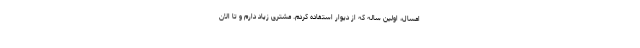
امسال، اولین ساله که از دیوار استفاده کردم. مشتری زیاد دارم و تا الان